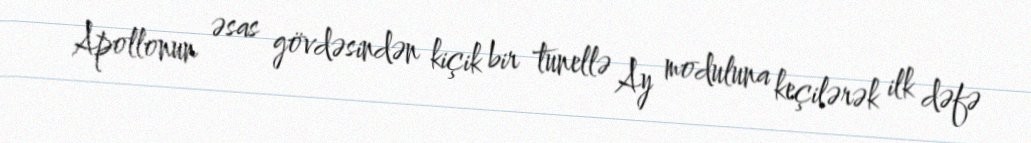
Apollonun əsas gövdəsindən kiçik bir tunellə Ay moduluna keçilərək ilk dəfə